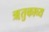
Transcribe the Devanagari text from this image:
ॠतुकाव्य